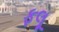
ફલૂ